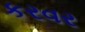
કરવર